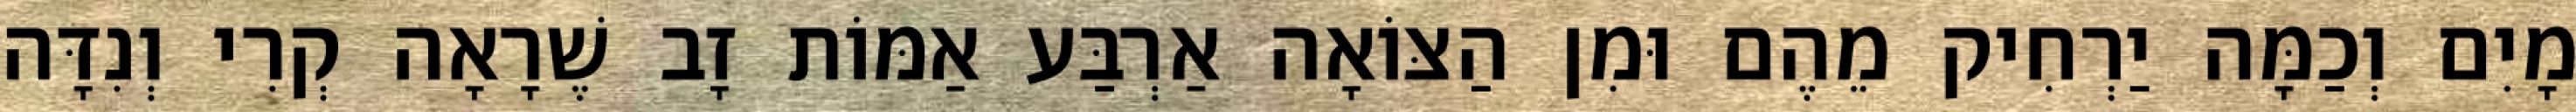
מָיִם וְכַמָּה יַרְחִיק מֵהֶם וּמִן הַצּוֹאָה אַרְבַּע אַמּוֹת זָב שֶׁרָאָה קְרִי וְנִדָּה